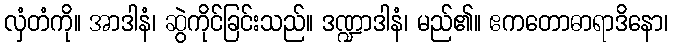
လှံတံကို။ အာဒါနံ၊ ဆွဲကိုင်ခြင်းသည်။ ဒဏ္ဍာဒါနံ၊ မည်၏။ ဧကတောဓာရာဒိနော၊